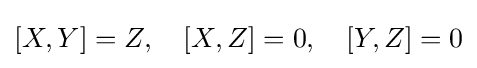
[X,Y]=Z,\quad [X,Z]=0,\quad [Y,Z]=0